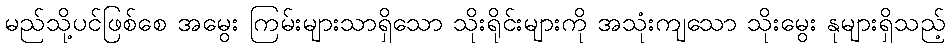
မည်သို့ပင်ဖြစ်စေ အမွေး ကြမ်းများသာရှိသော သိုးရိုင်းများကို အသုံးကျသော သိုးမွေး နုများရှိသည့်